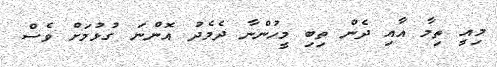
މިއީ ތިމާ އާއި ދެން ތިބި މީހުންނާ ދެމެދު އޮންނަ ގުޅުމަށް ވެސް